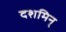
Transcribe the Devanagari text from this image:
दशमिन्‌